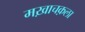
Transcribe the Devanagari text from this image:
मख़ाचक़ला